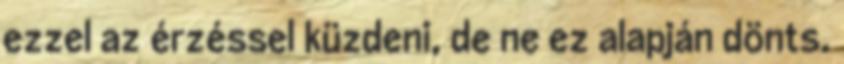
ezzel az érzéssel küzdeni, de ne ez alapján dönts.